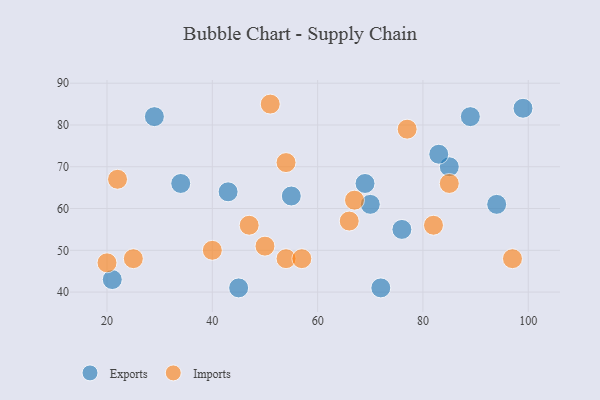
{"axis": {"x": "GDP", "y": "Life Expectancy"}, "legend": ["Exports", "Imports"], "data": [{"x": "55", "y": 63, "type": "Exports"}, {"x": "29", "y": 82, "type": "Exports"}, {"x": "43", "y": 64, "type": "Exports"}, {"x": "85", "y": 70, "type": "Exports"}, {"x": "45", "y": 41, "type": "Exports"}, {"x": "21", "y": 43, "type": "Exports"}, {"x": "34", "y": 66, "type": "Exports"}, {"x": "69", "y": 66, "type": "Exports"}, {"x": "94", "y": 61, "type": "Exports"}, {"x": "99", "y": 84, "type": "Exports"}, {"x": "83", "y": 73, "type": "Exports"}, {"x": "70", "y": 61, "type": "Exports"}, {"x": "76", "y": 55, "type": "Exports"}, {"x": "89", "y": 82, "type": "Exports"}, {"x": "72", "y": 41, "type": "Exports"}, {"x": "25", "y": 48, "type": "Imports"}, {"x": "54", "y": 48, "type": "Imports"}, {"x": "57", "y": 48, "type": "Imports"}, {"x": "85", "y": 66, "type": "Imports"}, {"x": "22", "y": 67, "type": "Imports"}, {"x": "20", "y": 47, "type": "Imports"}, {"x": "54", "y": 71, "type": "Imports"}, {"x": "50", "y": 51, "type": "Imports"}, {"x": "82", "y": 56, "type": "Imports"}, {"x": "51", "y": 85, "type": "Imports"}, {"x": "67", "y": 62, "type": "Imports"}, {"x": "47", "y": 56, "type": "Imports"}, {"x": "40", "y": 50, "type": "Imports"}, {"x": "77", "y": 79, "type": "Imports"}, {"x": "97", "y": 48, "type": "Imports"}, {"x": "66", "y": 57, "type": "Imports"}]}